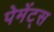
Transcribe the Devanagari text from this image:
पेमेंट्‌स